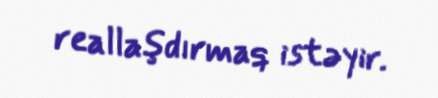
reallaşdırmaq istəyir.